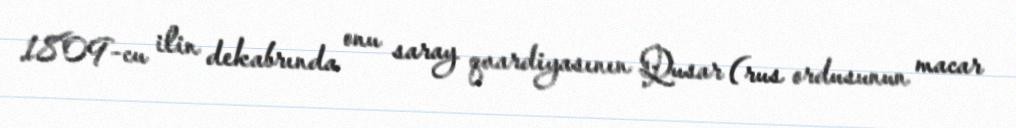
1809-cu ilin dekabrında onu saray qvardiyasının Qusar (rus ordusunun macar